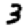
Digit: 3